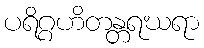
ပရိဂ္ဂဟိတန္တရဃရာ